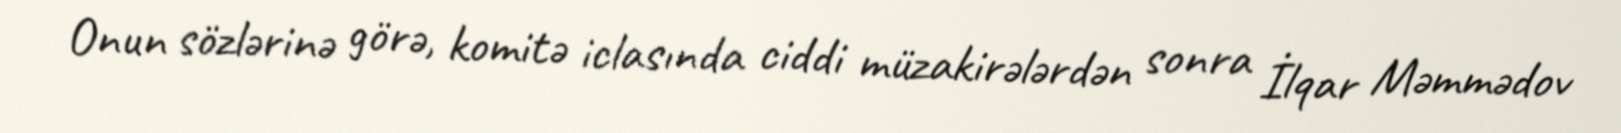
Onun sözlərinə görə, komitə iclasında ciddi müzakirələrdən sonra İlqar Məmmədov